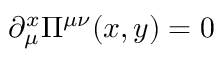
\partial _ { \mu } ^ { x } \Pi ^ { \mu \nu } ( x , y ) = 0